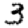
Digit: 3